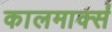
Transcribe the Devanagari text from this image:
कालमार्क्स